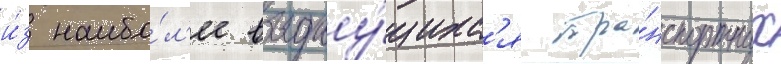
и́з наибо́л'ее выдау́щихс'я тра́нспортных